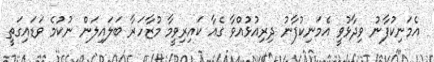
އެމަނިކުފާނު ވިދާޅުވީ އެމަނިކުފާނު ދިރިއުޅުއްވާ ގެއާ ކައިރިވީމާ މުޒާހަރާ ބަލައިލަން ނުކުމެ ވަޑައިގަތީ